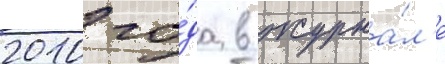
2010 го́да в журна́л'е